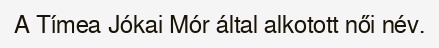
A Tímea Jókai Mór által alkotott női név.